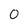
Character: 0